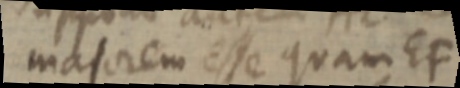
majorem esse quam EF